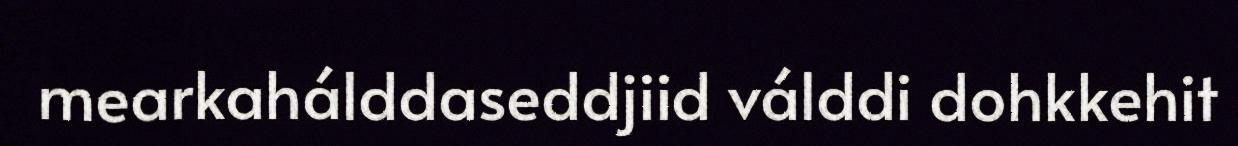
mearkahálddaseddjiid válddi dohkkehit